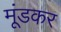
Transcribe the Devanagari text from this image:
मूंडकर